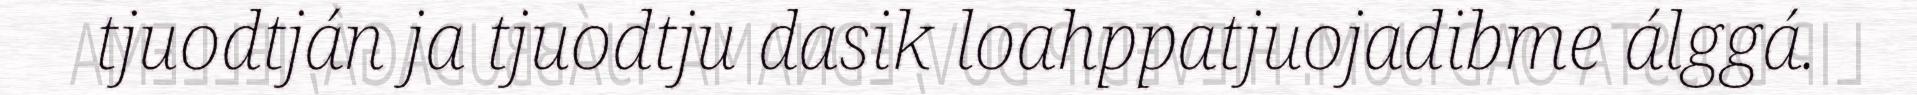
tjuodtján ja tjuodtju dasik loahppatjuojadibme álggá.